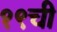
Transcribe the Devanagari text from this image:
१९ची